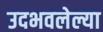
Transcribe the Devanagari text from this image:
उदभवलेल्या